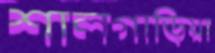
শালগাড়িয়া